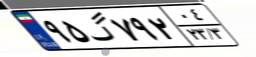
۹۵گ۷۹۲۰۴